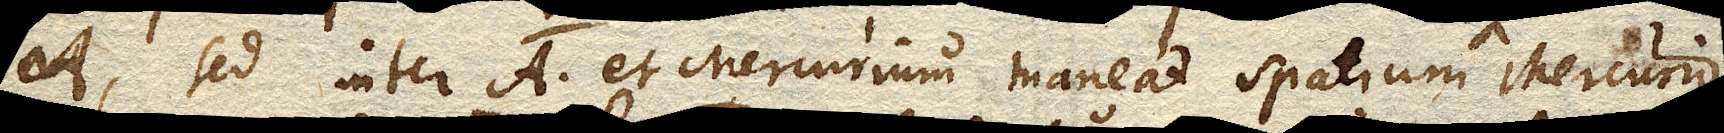
A. sed inter A. et Mercurium maneat spatium Mercurio